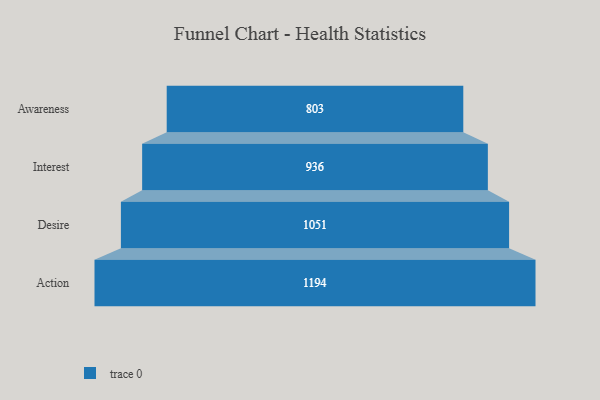
{"axis": {"x": "Stage", "y": "Value"}, "legend": [""], "data": [{"x": "Awareness", "y": 803.0, "type": ""}, {"x": "Interest", "y": 936.0, "type": ""}, {"x": "Desire", "y": 1051.0, "type": ""}, {"x": "Action", "y": 1194.0, "type": ""}]}